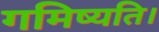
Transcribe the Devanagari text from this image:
गमिष्यति।